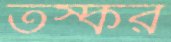
তস্কর